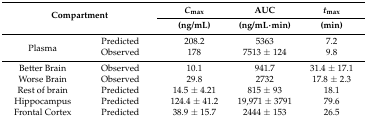
<table><thead><tr><td rowspan="2" colspan="2"><b>Compartment</b></td><td><b><i>C</i><sub>max</sub></b></td><td><b>AUC</b></td><td><b><i>t</i><sub>max</sub></b></td></tr><tr><td><b>(ng/mL)</b></td><td><b>(ng/mL·min)</b></td><td><b>(min)</b></td></tr></thead><tbody><tr><td rowspan="2">Plasma</td><td>Predicted</td><td>208.2</td><td>5363</td><td>7.2</td></tr><tr><td>Observed</td><td>178</td><td>7513 ± 124</td><td>9.8</td></tr><tr><td>Better Brain</td><td>Observed</td><td>10.1</td><td>941.7</td><td>31.4 ± 17.1</td></tr><tr><td>Worse Brain</td><td>Observed</td><td>29.8</td><td>2732</td><td>17.8 ± 2.3</td></tr><tr><td>Rest of brain</td><td>Predicted</td><td>14.5 ± 4.21</td><td>815 ± 93</td><td>18.1</td></tr><tr><td>Hippocampus</td><td>Predicted</td><td>124.4 ± 41.2</td><td>19,971 ± 3791</td><td>79.6</td></tr><tr><td>Frontal Cortex</td><td>Predicted</td><td>38.9 ± 15.7</td><td>2444 ± 153</td><td>26.5</td></tr></tbody></table>